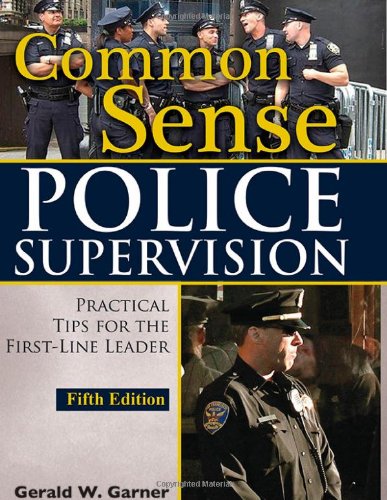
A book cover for Common Sense Police Supervision: Practical Tips for the First-Line Leader; Gerald W. Garner; Law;